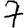
Digit: 7